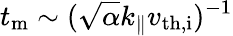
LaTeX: t_{\mathrm{m}}\sim(\sqrt{\alpha}k_{\parallel}v_{\mathrm{th,i}})^{-1}